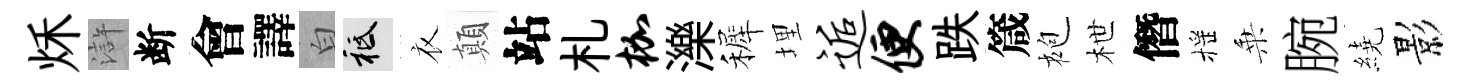
秌滸断會譯白祇衣顛站札枷濼裤埋逅便跌箴袍枻僭摇乗腕繞影